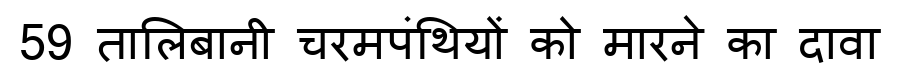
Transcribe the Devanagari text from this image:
59 तालिबानी चरमपंथियों को मारने का दावा